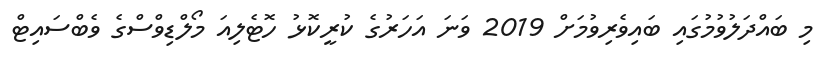
މި ބައްދަލުވުމުގައި ބައިވެރިވުމަށް 2019 ވަނަ އަހަރުގެ ކުރީކޮޅު ހޮޓެލިއަ މޯލްޑިވްސްގެ ވެބްސައިޓް